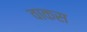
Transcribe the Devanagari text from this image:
वाकस